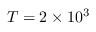
T = 2 \times 1 0 ^ { 3 }